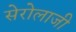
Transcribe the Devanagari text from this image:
सेरोलाजी